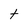
Character: t